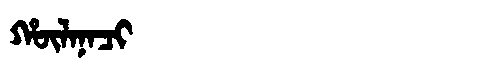
Manchu: ᡥᡡᠯᠠᠨᠠᠴᡳ
Romanization: HŪLANACI